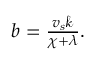
\begin{array} { r } { b = \frac { v _ { s } \mathcal { k } } { \chi + \lambda } . } \end{array}